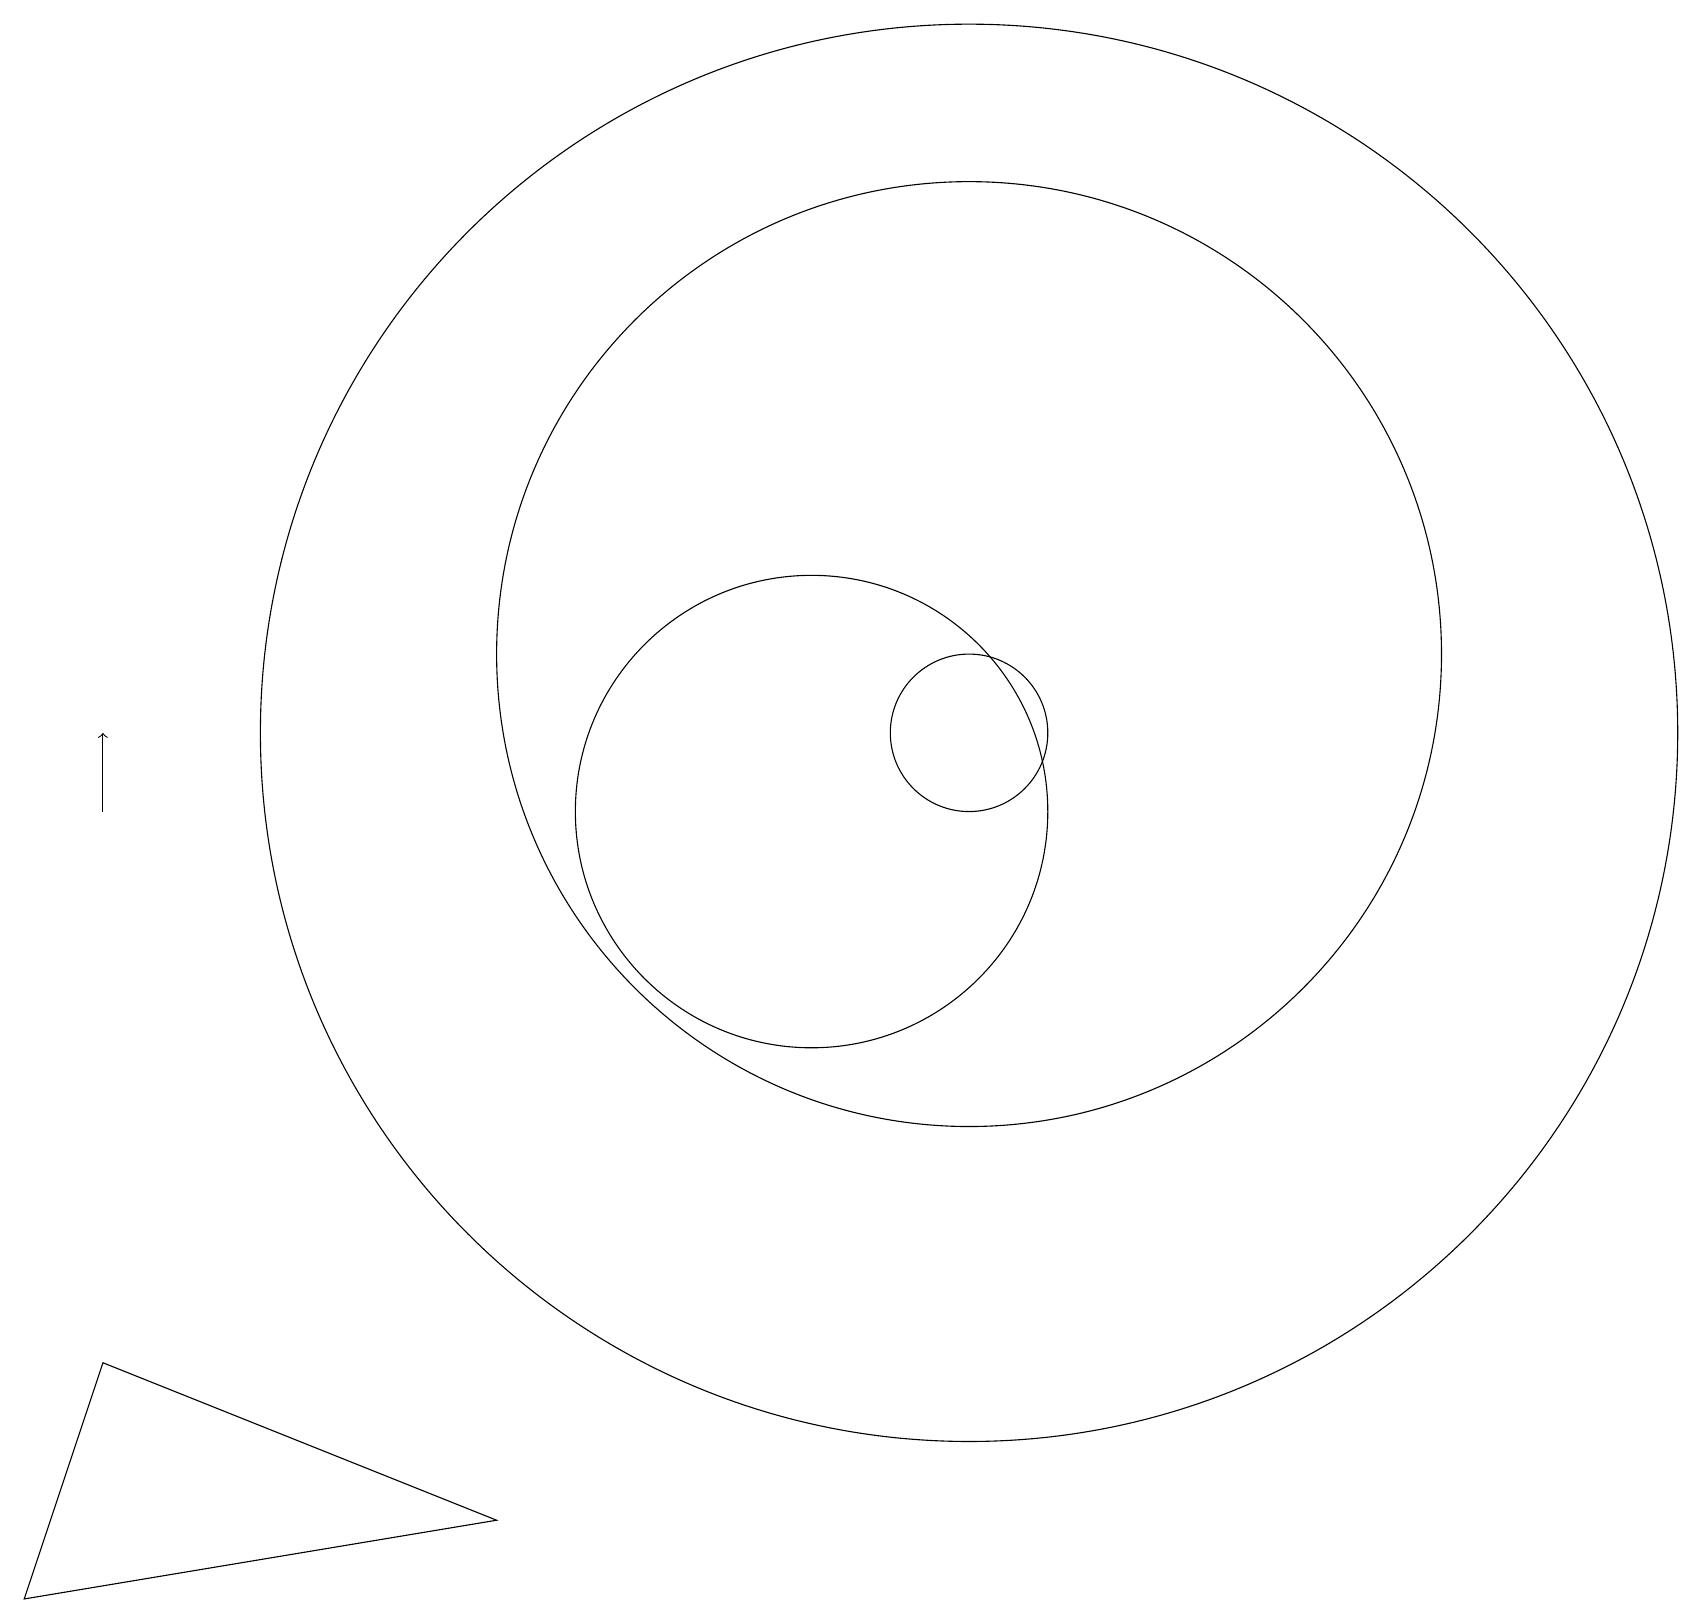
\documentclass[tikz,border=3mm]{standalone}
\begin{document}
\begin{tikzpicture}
\draw[->] (1,10) -- (1,11);
\draw (12,12) circle (6);
\draw (12,11) circle (1);
\draw (12,11) circle (9);
\draw (6,1) -- (0,0) -- (1,3) -- cycle;
\draw (10,10) circle (3);
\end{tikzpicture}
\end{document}